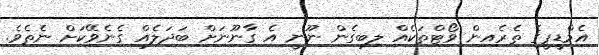
އެމްޑީޕީގެ ތެރެއިން ވޯޓްތަކެއް ލިބިގެން ނޫނީ އެ ގާނޫނަށް ބަދަލެއް ގެނެވޭކަށް ނެތެވެ.